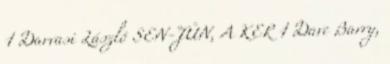
1 Darvasi László SEN-JÜN, A KER 1 Dave Barry,